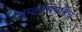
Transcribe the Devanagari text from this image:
अम्व्रोसियेविच